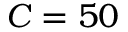
C = 5 0